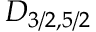
D _ { 3 / 2 , 5 / 2 }